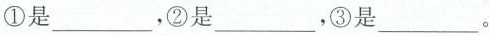
①是___，②是___，③是___。